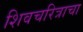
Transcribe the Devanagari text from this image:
शिवचरित्राचा